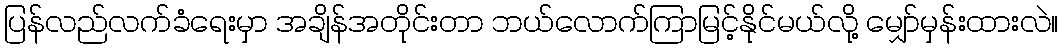
ပြန်လည်လက်ခံရေးမှာ အချိန်အတိုင်းတာ ဘယ်လောက်ကြာမြင့်နိုင်မယ်လို့ မျှော်မှန်းထားလဲ။